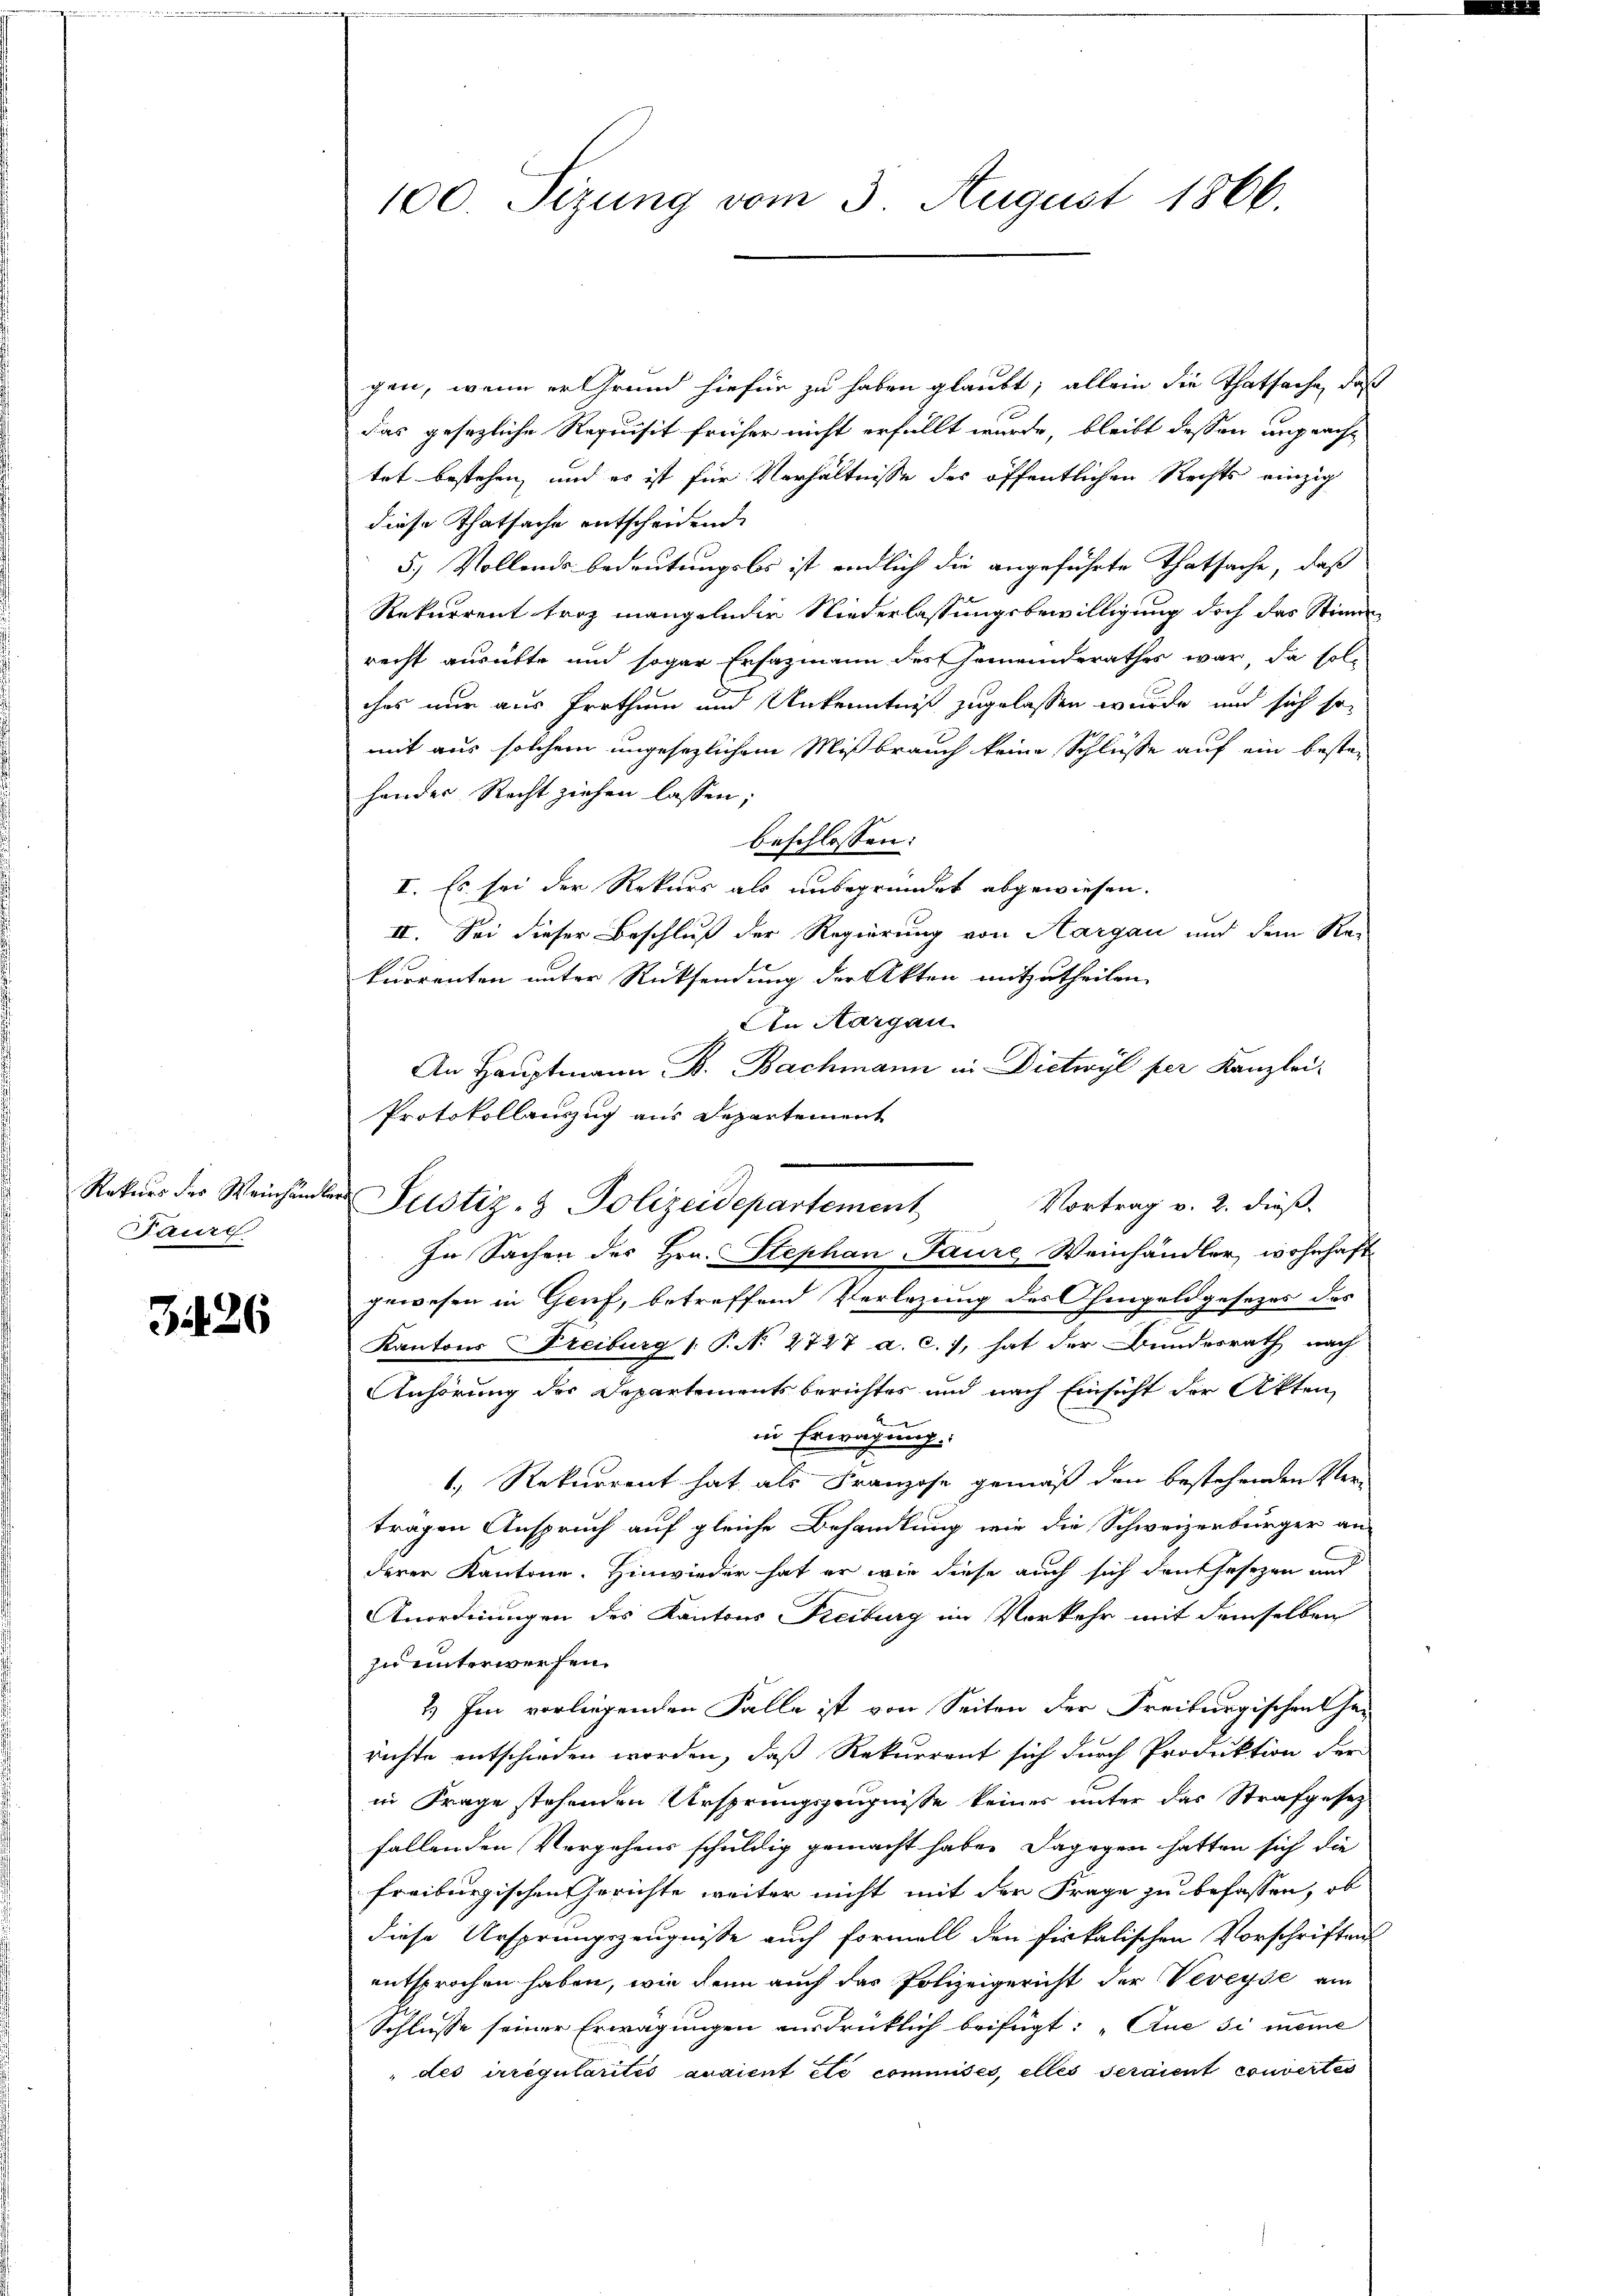
Taurg.

3426

gen, wenn er Grund hiefür zu haben glaubt; allein die Thatsache, daß
das gesezliche Requisit früher nicht erfüllt wurde, bleibt dessen anpracht
tet bestehen, und es ist für Verhältnisse des öffentlichen Rechts einzig
diese Thatsache entscheidende
5.) Vollends bedeutungslos ist endlich die angeführte Thatsache, daß
Rekurrent troz mangelnder Niederlassungsbewilligung doch das Stimm
recht ausübte und sogar Ersazmann des Gemeinderathes war, da sol-
ches nur aus Prothum und Unkenntniß zugelassen wurde, und sich so
mit aus solchem ungesezlichem Mißbrauch keine Schlüsse auf ein beste-
hender Recht ziehen lassen;
beschlossen:
I. Es sei der Rekurs als unbegründet abgewiesen.
II. Sei dieser Beschluß der Regierung von Aargau und dem Re-
kurrenten unter Rücksendung der Akten mitzutheilen.
An Aargau.
An Hauptmann B. Bachmann in Dietwyl per Kanzlei-
Protokollauszug aus Departement
Rekurs des Weinhändler Justiz- & Polizeidepartement
Vortrag v. 2. dieß.
In Sachen des Hrn. Stephan Paure Weinhändler, wohnhaft
gewesen in Gruf, betreffend Verlegung des Ohmgeldgesezes das
Kantons Creiburg  P. N. 2727 a. c.), hat der Bundesrath nach
Anhörung des Departementsberichtes und nach Einsicht der Akten,
in Erwägung.
1., Rekurrent hat als Franzose gemäß den bestehenden Ver-
tragen Anspruch auf gleiche Behandlung wie die Schweizerbürger an
derer Kantone. Hinwieder hat er wie diese auch sich den Gesezen und
Anordnungen des Kantons Freiburg im Vorkehr mit demselben
zu unterwerfen.
2) Im vorliegenden Falle ist von Seiten der Freiburgischen ha-
richte entschieden worden, daß Rekurrent sich durch Produktion der
in Frage stehenden Ursprungszeugnisse keiner unter das Strafgesetz
fallenden Vorgehens schuldig gemacht habe. Dagegen hatten sich die
freiburgischen Gerichte weiter nicht mit der Frage zu befassen, ob
diese Ursprungszeugnisse auch formell den fiskalischen Vorschriften
entsprochen haben, wie denn auch der Polizeigericht der Veveyse am
Schlusse seiner Erwägungen ausdrüklich beifügt: „Aue si meine
" des irregularités avaient etc commises, elles seraient convertes

100 Sizung vom 3. August 1866